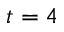
t = 4